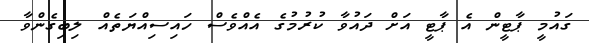
ގައުމީ ޕާޓީން އެ ޕާޓީ އަށް ދައުވާ ކުރުމުގެ އެއްވެސް ހައިސިއްޔަތެއް ލިބިގެންވާ